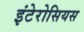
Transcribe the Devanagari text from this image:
इंटेरोसियस